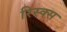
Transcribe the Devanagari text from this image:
रिस्क्स